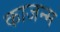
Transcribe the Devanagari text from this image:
काजन्‍म